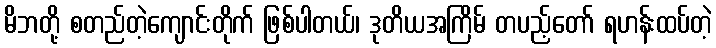
မိဘတို့ စတည်တဲ့ကျောင်းတိုက် ဖြစ်ပါတယ်၊ ဒုတိယအကြိမ် တပည့်တော် ရဟန်းထပ်တဲ့